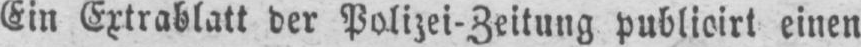
einen